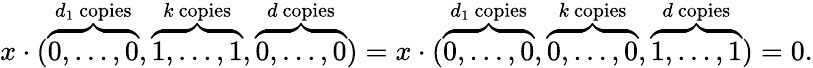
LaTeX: x\cdot(\overbrace{0,\ldots,0}^{d_{1}\mathrm{~copies}},\overbrace{1,\ldots,1}^{k\mathrm{~copies}},\overbrace{0,\ldots,0}^{d\mathrm{~copies}})=x\cdot(\overbrace{0,\ldots,0}^{d_{1}\mathrm{~copies}},\overbrace{0,\ldots,0}^{k\mathrm{~copies}},\overbrace{1,\ldots,1}^{d\mathrm{~copies}})=0.